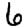
Digit: 6